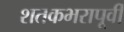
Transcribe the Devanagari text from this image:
शतकभरापूर्वी